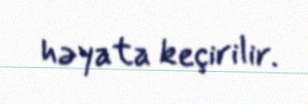
həyata keçirilir.